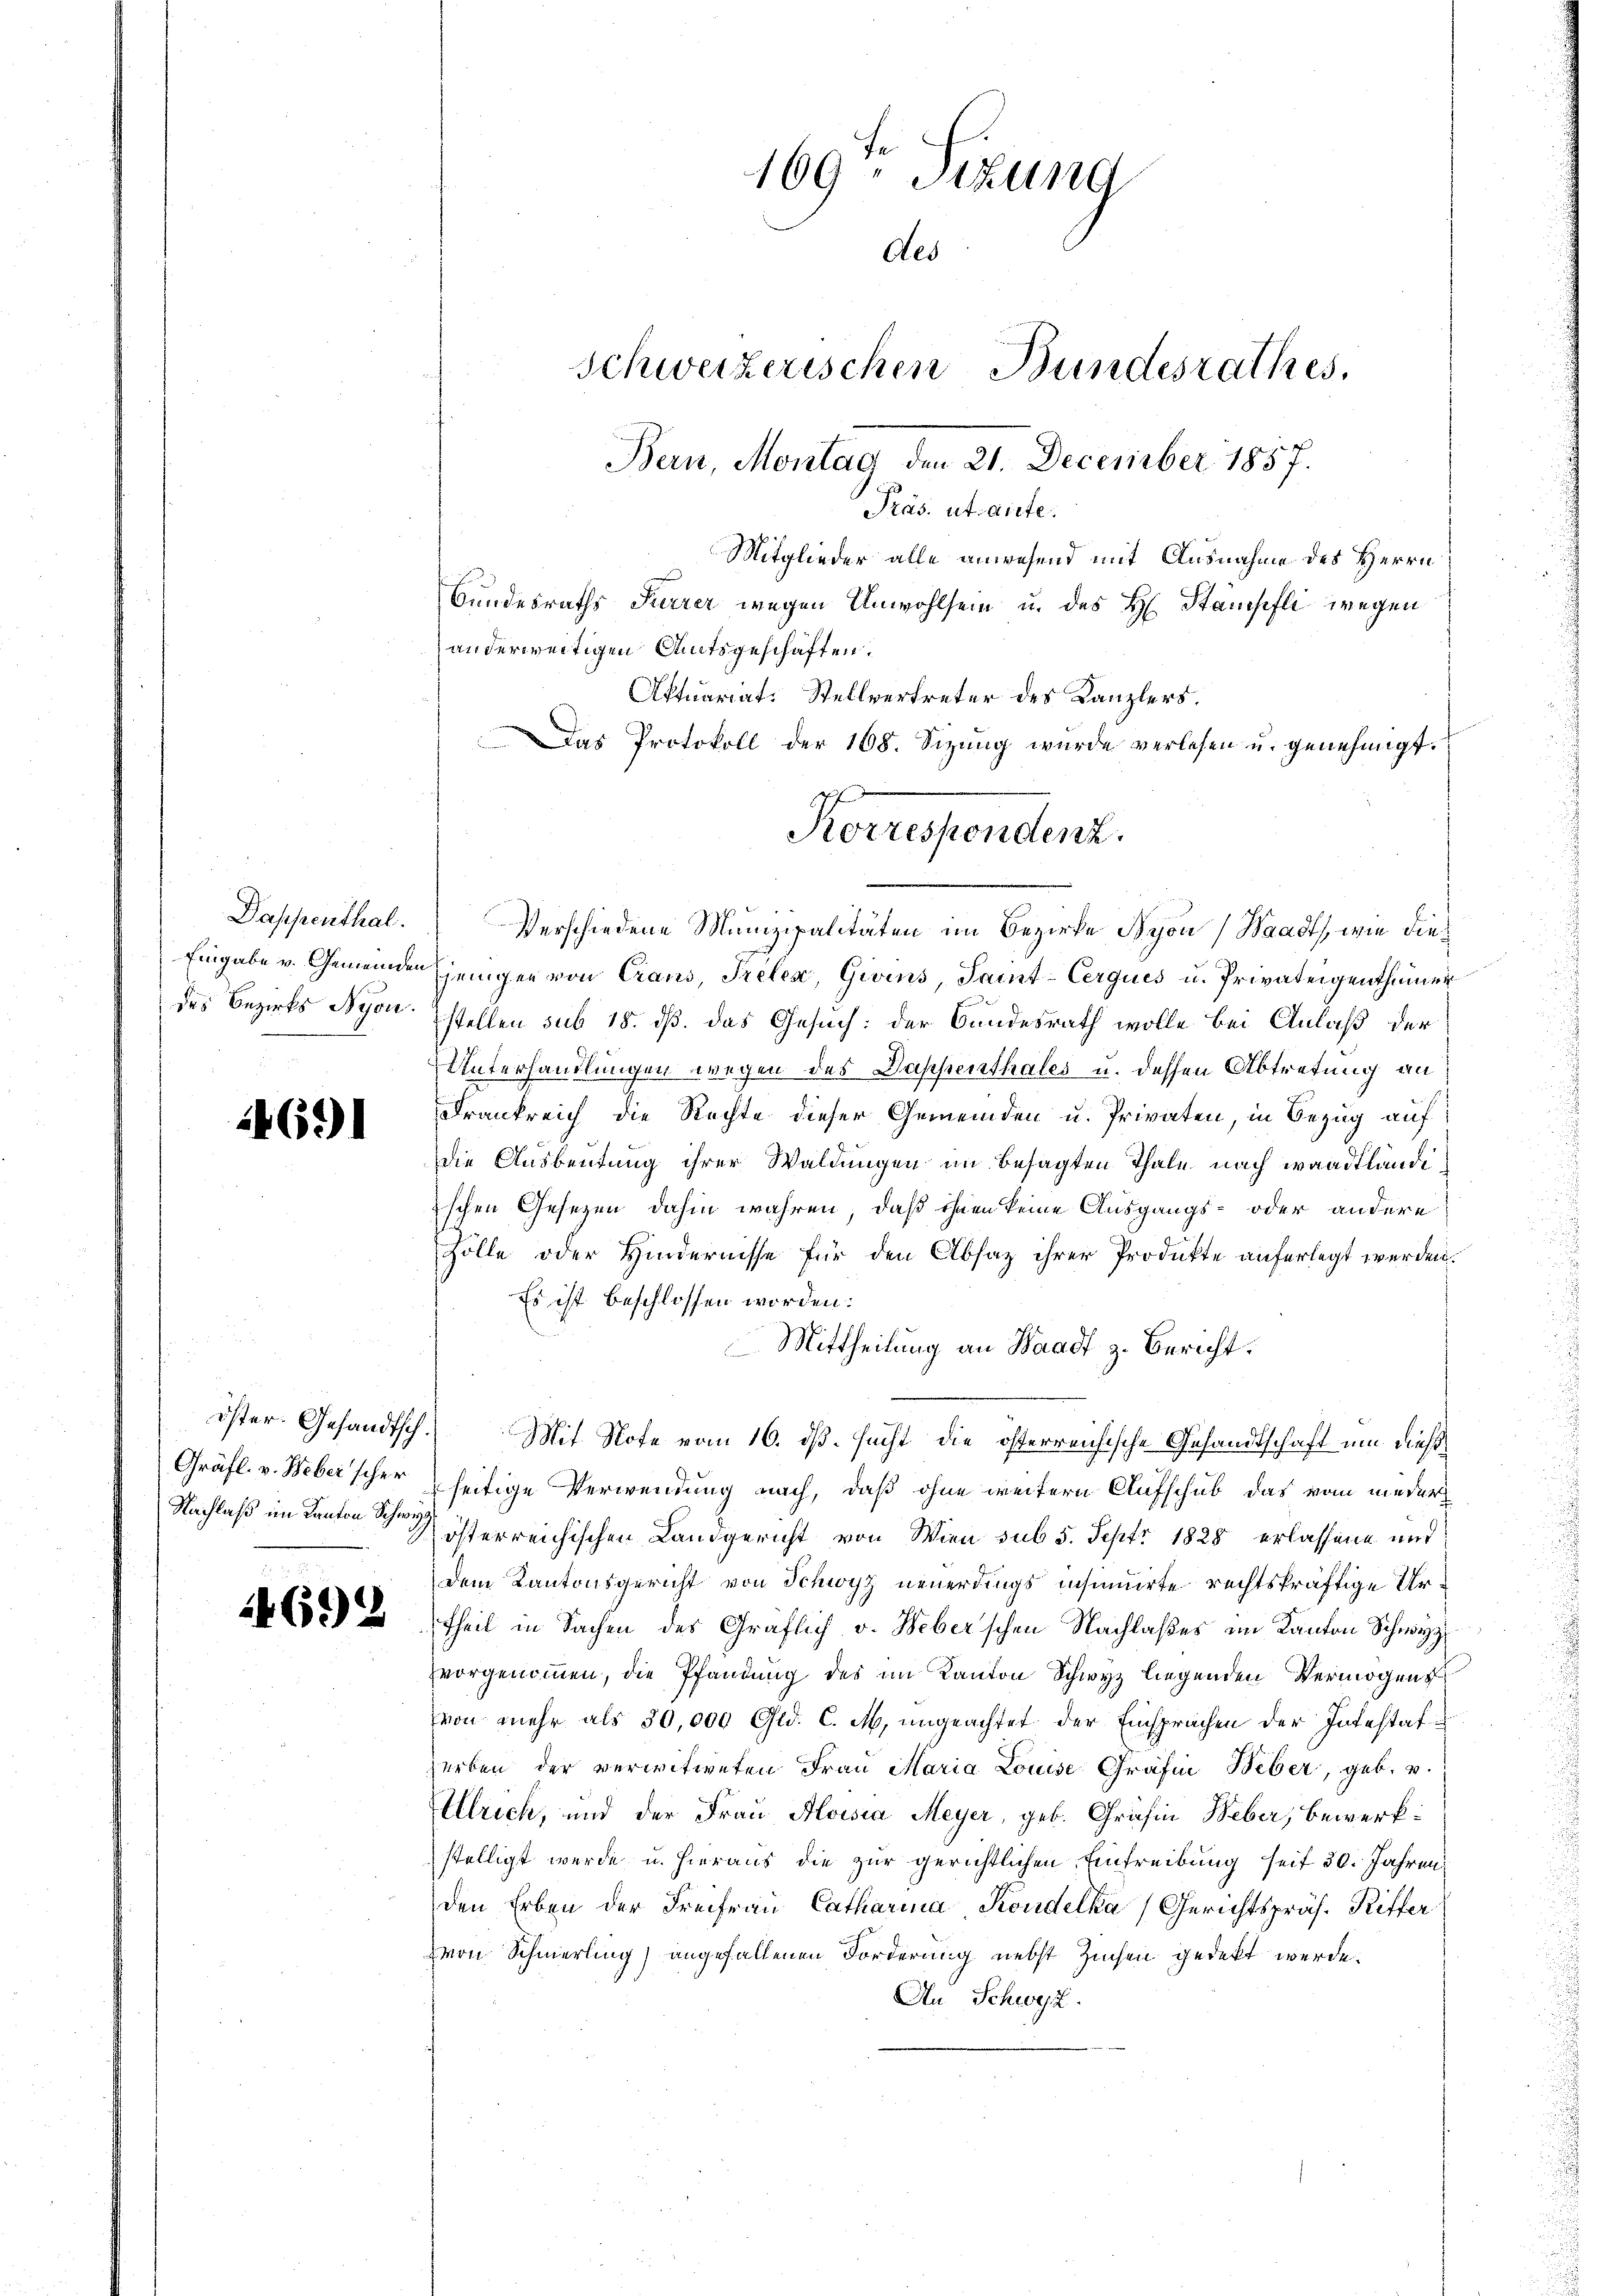
Dappenthal.
des Bezirks Nyon.

4691

Gräfl. v. Weberscher
Nachlaß im Kanton Schwyz

469)

169. Sitzung
Aes
Schweizerischen Bundesrathes,
Bern, Montag den 21. December 1857.
Präs. utante.
Mitglieder alle anwesend mit Ausnahme des Herrn
Bundesraths Furrer wegen Unwohlsein u. des H. Stampfli wegen
anderweitigen Amtsgeschäften.

Verschiedene Munizipalitäten im Bezirke Nyon (Waadt, wie die¬
Eingabe v. Gemeinde jenigen von Craus, Prelex, Givins, Saint-Cerques u. Privateigenthümer
stellen sub 18. dß. das Gesuch: der Bundesrath wolle bei Anlaß der
Unterhandlungen wegen des Dappenthales u. dessen Abtretung an
Frankreich die Rechte dieser Gemeinden u. Privaten, in Bezug auf
die Ausbeutung ihrer Waldungen im besagten Thale nach waadtländischen Gesetzen dahin wahren, daß ihnen keine Ausgangs- oder andere
Zölle oder Hindernisse für den Absatz ihrer Produkte auferlegt werden.
Es ist beschlossen worden:
Mittheilung an Waadt, z. Bericht.
öster Gesandtsch. Mit Note vom 16. dß. sucht die österreichische Gesandtschaft um dießseitige Verwendung nach, daß ohne weitern Aufschub das vom nieder
österreichischen Landgericht von Wien sub 5. Sept. 1828 erlassene und
dem Kantonsgericht von Schwyz neuerdings insinuirte rechtskräftige Ur¬
Theil in Sachen des Gräflich v. Heberschen Nachlaßes im Kanton Schwyz
vorgenommen, die Pfandung des im Kanton Schwyz liegenden Vermögens
von mehr als 30,000 Gld. C. M. ungeachtet der Einsprachen der Intestat
herben der verwitweten Frau Maria Louise Gräfin Weber, geb. v.
Ullrich, und der Frau Aloisia Meyer, geb. Gräfin Weber, bewerk
stelligt werde u. hieraus die zur gerichtlichen Eintreibung seit 30. Jahren
den Erben der Frei frau Catharina Koudelka (Gerichtspräs. Riffer
von Schmerling) angefallenen Forderung nebst Zuchen gedekt werde.
An Schweiz.

Aktuariat. Stellvertreter des Kanzlers.
Das Protokoll der 168. Sizŭng wurde verlesen u. genehmigt.
Korrespendenz.